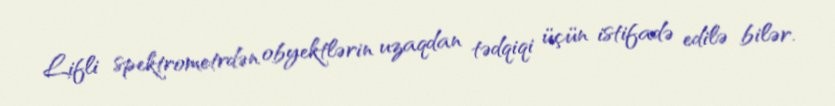
Lifli spektrometrdən obyektlərin uzaqdan tədqiqi üçün istifadə edilə bilər.